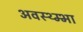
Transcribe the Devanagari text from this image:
अवस्थ्म्भा